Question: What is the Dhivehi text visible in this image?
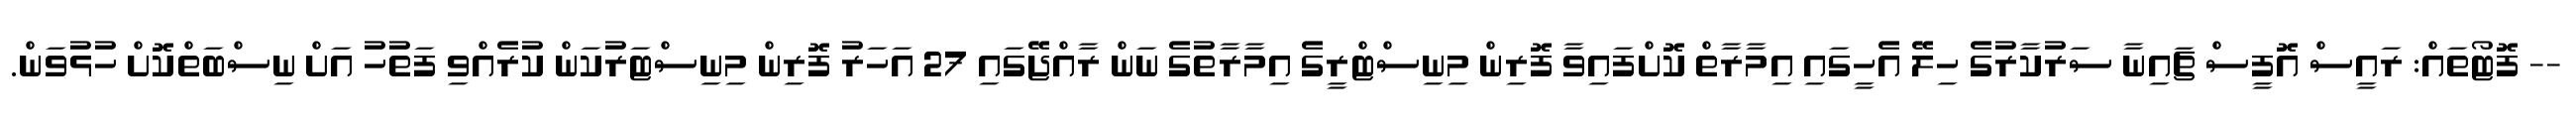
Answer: -- ފޮޓޯތައް: ރައީސް އޮފީސް ޗައިނާ ސަރުކާރުގެ ހިލޭ އެހީގައި އިމާރާތް ކޮށްފައިވާ ފޮރިން މިނިސްޓްރީގެ އިމާރާތުގެ ނަން ރާއްޖޭގައި 27 އަހަރު ފޮރިން މިނިސްޓަރުކަން ކުރެއްވި ފަތުހު އަށް ނިސްބަތްކޮށް ހުޅުވަން.